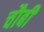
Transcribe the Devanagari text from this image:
चौबीं